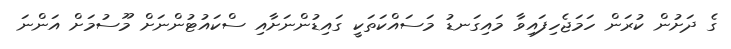
ގެ ދަށުން ކުރަން ހަމަޖެހިފައިވާ މައިގަނޑު މަސައްކަތަކީ ގައިޑުންނަށާއި ސްކައުޓުންނަށް މޫސުމަށް އަންނަ